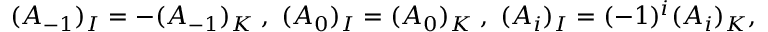
( A _ { - 1 } ) _ { I } = - ( A _ { - 1 } ) _ { K } \; , \; ( A _ { 0 } ) _ { I } = ( A _ { 0 } ) _ { K } \; , \; ( A _ { i } ) _ { I } = ( - 1 ) ^ { i } ( A _ { i } ) _ { K } ,